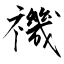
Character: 禨